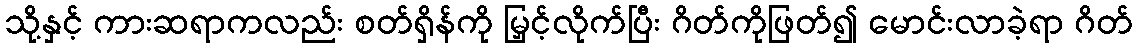
သို့နှင့် ကားဆရာကလည်း စတ်ရှိန်ကို မြှင့်လိုက်ပြီး ဂိတ်ကိုဖြတ်၍ မောင်းလာခဲ့ရာ ဂိတ်